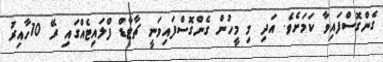
ގެންގޮސްފައިވާ ކަމަށެވެ. އަދި މި މީހުން ގެންގޮސްފައިވަނީ ޗާޓާޑް ފްލައިޓެއްގައި ރޭ 10ހާއިރު